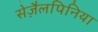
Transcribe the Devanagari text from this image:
सेज़ैलपिनिया